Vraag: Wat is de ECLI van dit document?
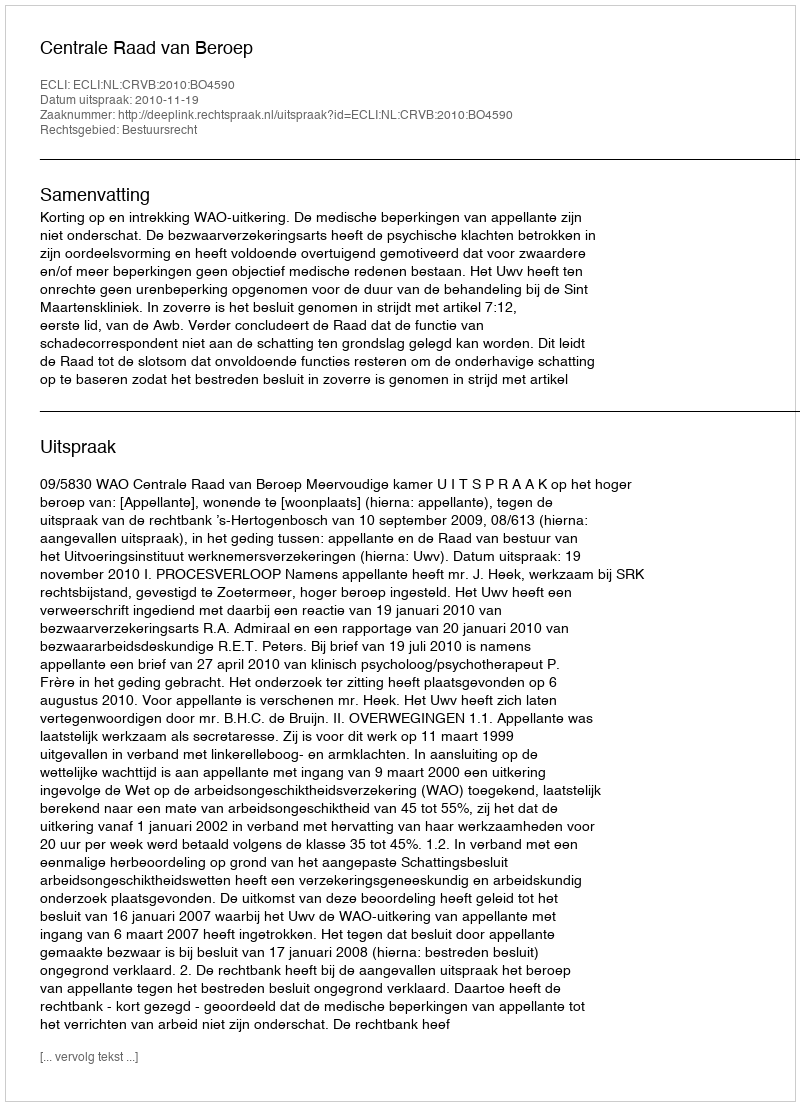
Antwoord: ECLI:NL:CRVB:2010:BO4590